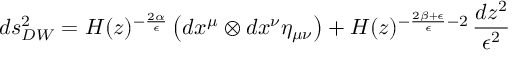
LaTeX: d s _ { D W } ^ { 2 } = H ( z ) ^ { - \frac { 2 \alpha } { \epsilon } } \left( d x ^ { \mu } \otimes d x ^ { \nu } \eta _ { \mu \nu } \right) + H ( z ) ^ { - \frac { 2 \beta + \epsilon } { \epsilon } - 2 } \, \frac { d z ^ { 2 } } { \epsilon ^ { 2 } }